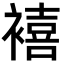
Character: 鿋